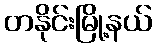
တနိုင်းမြို့နယ်